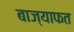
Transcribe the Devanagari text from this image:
बाज्याफत